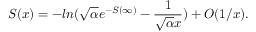
S ( x ) = - l n ( \sqrt { \alpha } e ^ { - S ( \infty ) } - \frac { 1 } { \sqrt { \alpha } x } ) + O ( 1 / x ) .